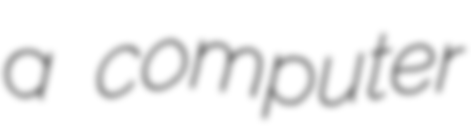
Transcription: a computer